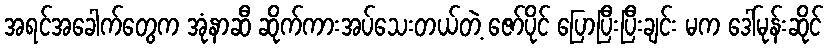
အရင်အခေါက်တွေက အုံနာဆီ ဆိုက်ကားအပ်သေးတယ်တဲ့ ဇော်ပိုင် ပြောပြီးပြီးချင်း မက ဒေါ်မုန်းဆိုင်